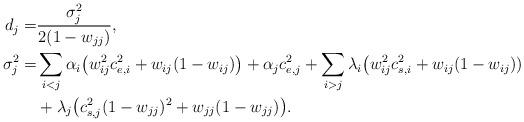
LaTeX: \begin{align*} d_j =&\frac{\sigma^2_j}{2(1-w_{jj})}, \\ \sigma_j^2=& \sum_{i< j} \alpha_i\bigl ( w_{ij}^2c_{e,i}^2 + w_{ij}(1-w_{ij}) \bigr ) + \alpha_jc_{e,j}^2 + \sum_{i>j}\lambda_i \bigl ( w_{ij}^2c_{s,i}^2 + w_{ij}(1-w_{ij}))\\ & + \lambda_j\bigl ( c_{s,j}^2(1-w_{jj})^2 + w_{jj}(1-w_{jj}) \bigr ). \end{align*}